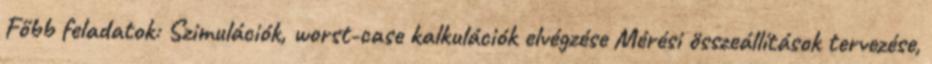
Főbb feladatok: Szimulációk, worst-case kalkulációk elvégzése Mérési összeállítások tervezése,